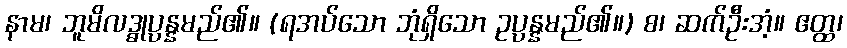
နာမ၊ ဘူမိလဒ္ဓုပ္ပန္နမည်၏။ (ရအပ်သော ဘုံရှိသော ဥပ္ပန္နမည်၏။) စ၊ ဆက်ဦးအံ့။ ဧတ္ထ၊